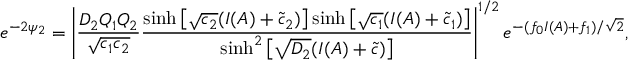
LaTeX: e ^ { - 2 \psi _ { 2 } } = \left| \frac { D _ { 2 } Q _ { 1 } Q _ { 2 } } { \sqrt { c _ { 1 } c _ { 2 } } } \frac { \sinh \left[ \sqrt { c _ { 2 } } ( I ( A ) + \tilde { c } _ { 2 } ) \right] \sinh \left[ \sqrt { c _ { 1 } } ( I ( A ) + \tilde { c } _ { 1 } ) \right] } { \sinh ^ { 2 } \left[ \sqrt { D _ { 2 } } ( I ( A ) + \tilde { c } ) \right] } \right| ^ { 1 / 2 } e ^ { - ( f _ { 0 } I ( A ) + f _ { 1 } ) / \sqrt { 2 } } ,